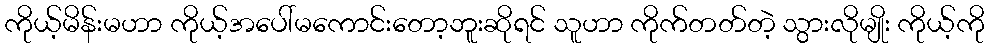
ကိုယ့်မိန်းမဟာ ကိုယ့်အပေါ်မကောင်းတော့ဘူးဆိုရင် သူဟာ ကိုက်တတ်တဲ့ သွားလိုမျိုး ကိုယ့်ကို